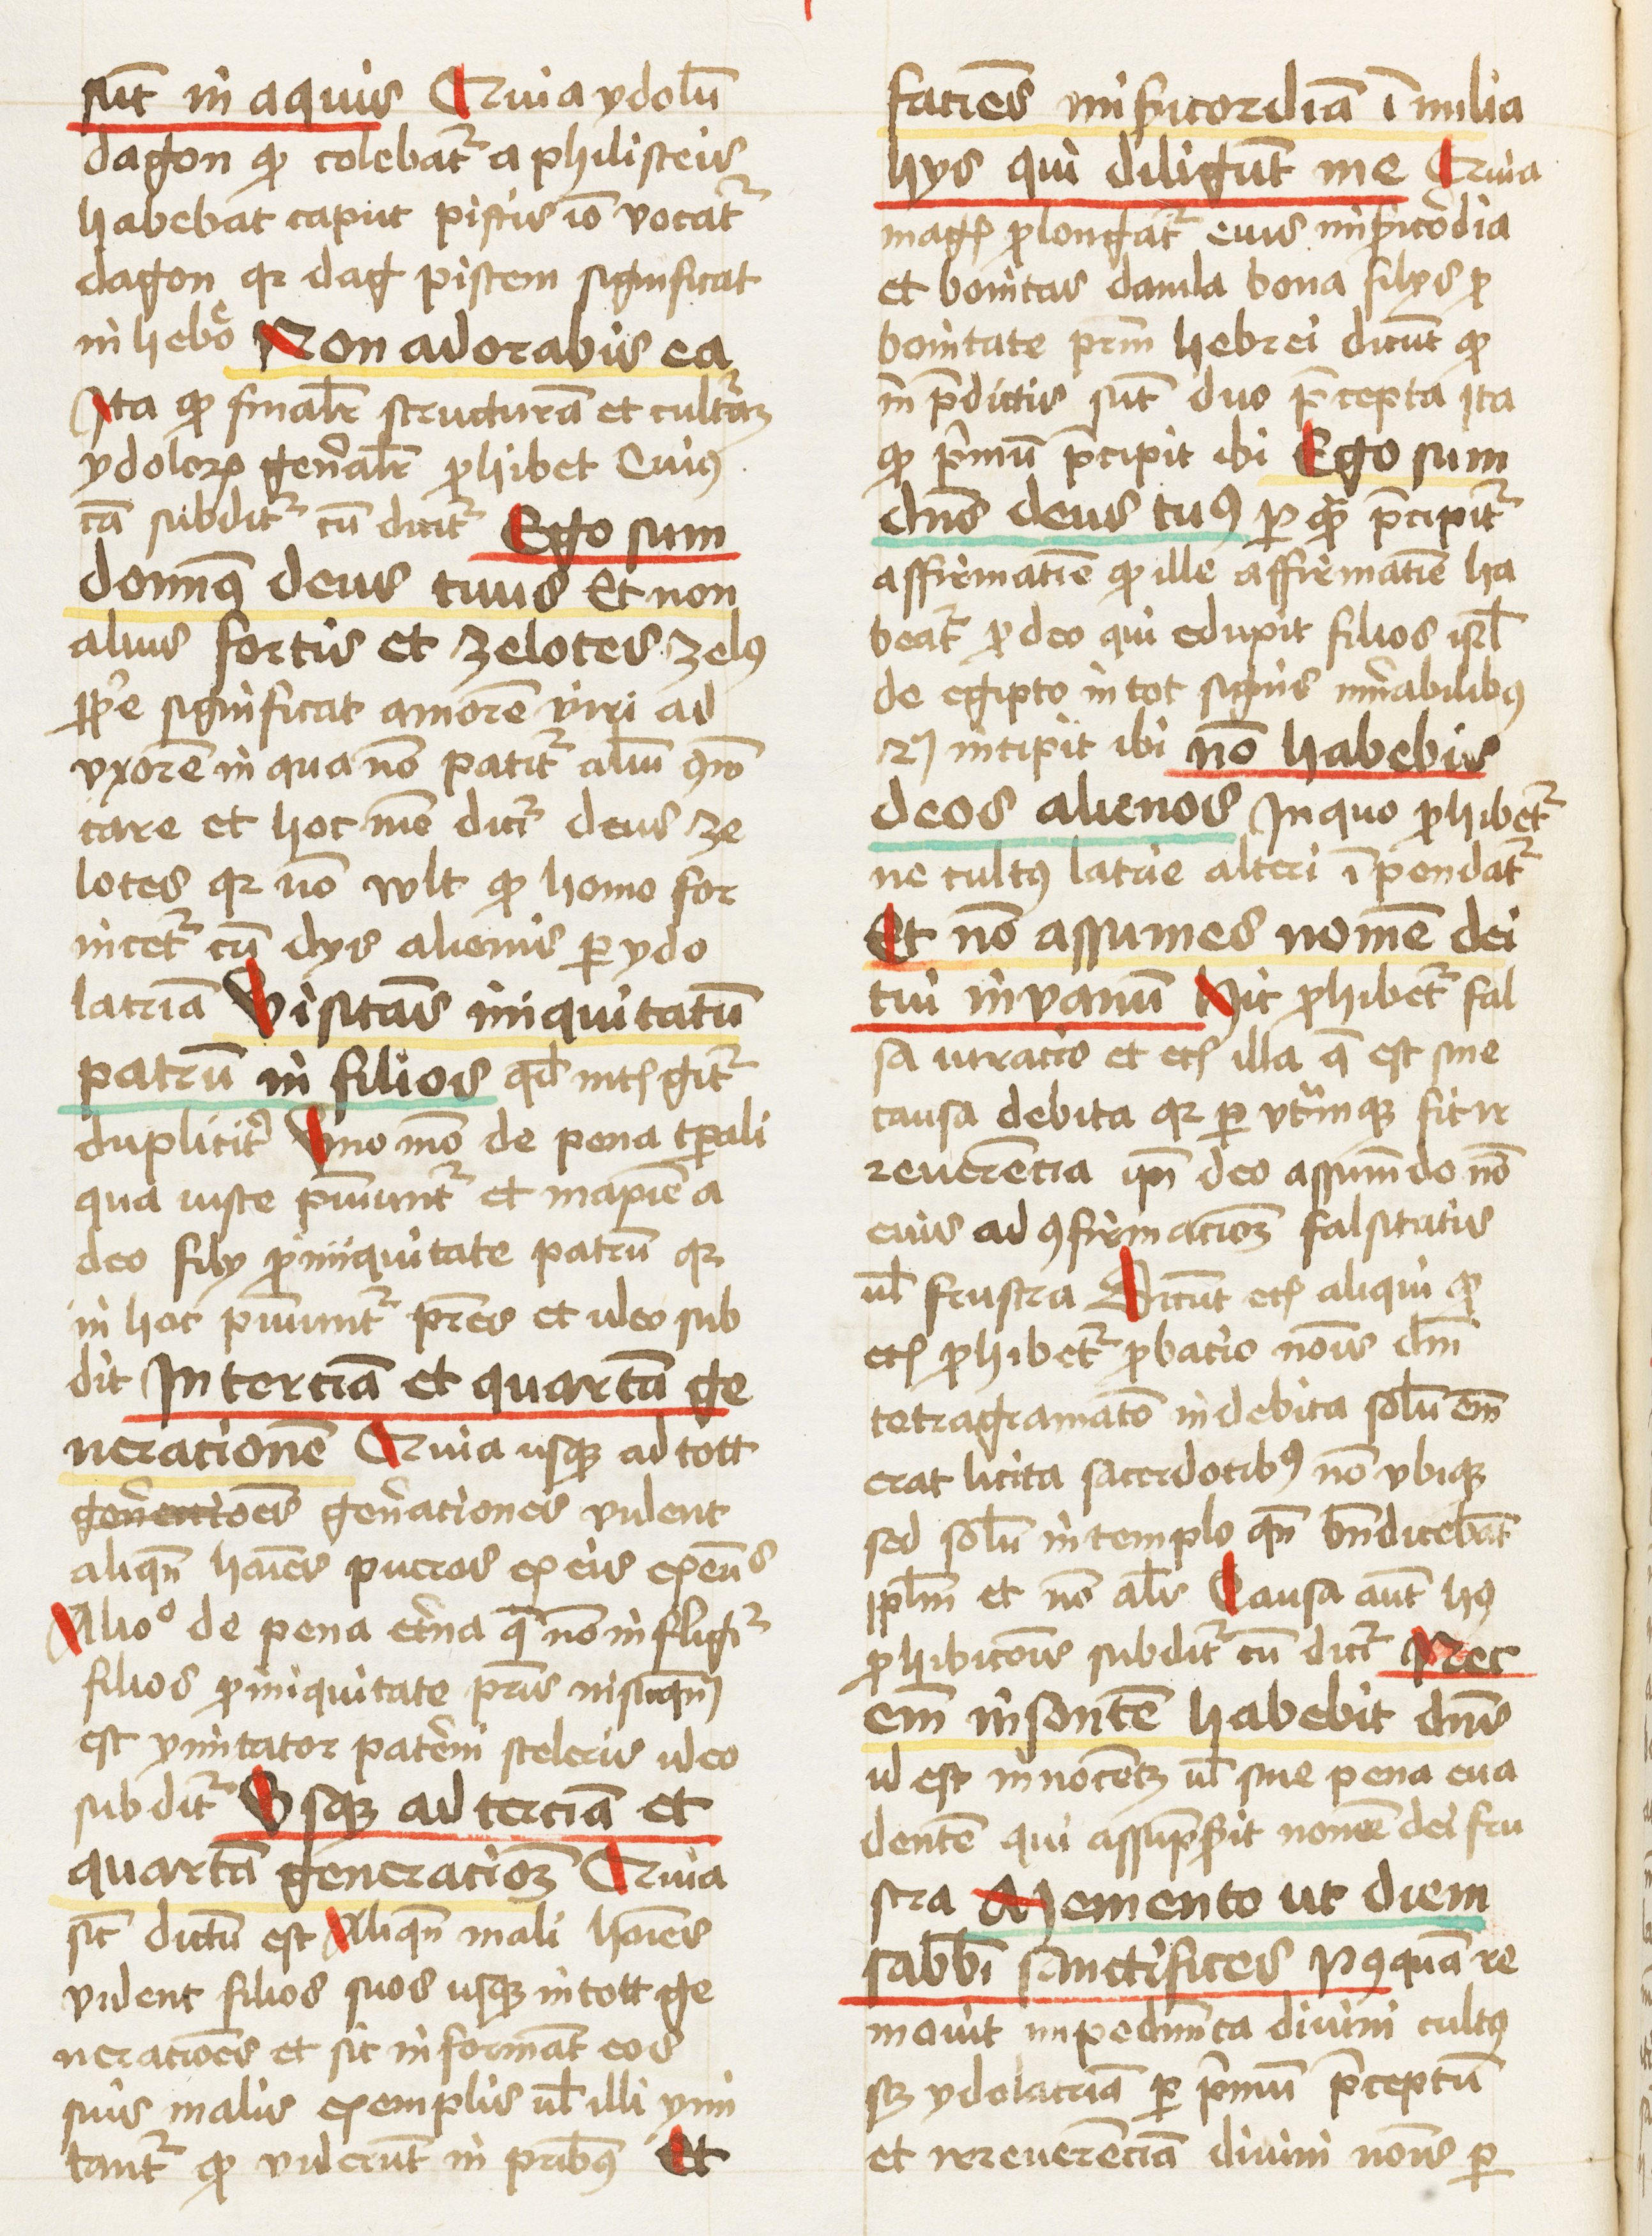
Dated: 1460–1461